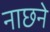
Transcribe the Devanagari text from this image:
नाछने